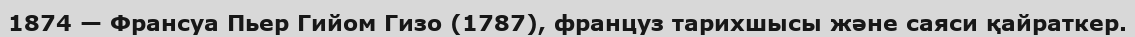
1874 — Франсуа Пьер Гийом Гизо (1787), француз тарихшысы және саяси қайраткер.